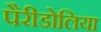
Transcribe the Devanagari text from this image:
पैरीडोलिया